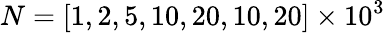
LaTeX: N=[1,2,5,10,20,10,20]\times 10^{3}